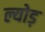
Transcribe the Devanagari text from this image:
ल्योड़